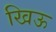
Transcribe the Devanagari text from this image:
खिऊ